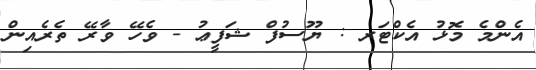
އެންމެ މޮޅު އެކްޓަރ : ޔޫސުފް ޝަފީޢު - ވެހޭ ވާރޭ ތެރެއިން